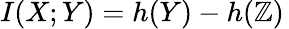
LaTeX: I(X;Y)=h(Y)-h(\mathbb{Z})\,